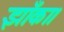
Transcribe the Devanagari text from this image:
झाँका।